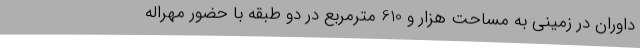
داوران در زمینی به مساحت هزار و 610 مترمربع در دو طبقه با حضور مهراله